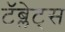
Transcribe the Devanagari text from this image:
टॅब्लेट्‍स